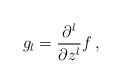
LaTeX: \begin{align*} g_l = \frac{\partial^l}{\partial z^l} f\,,\end{align*}